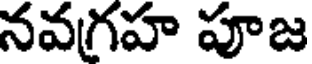
నవగ్రహ పూజ